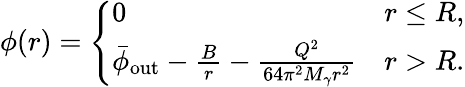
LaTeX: \phi(r)=\left\{ \begin{array}{ll}{0}&{r\leq R,}\\ {\bar{\phi}_{\mathrm{out}}-\frac{B}{r}-\frac{Q^{2}}{64\pi^{2}M_{\gamma}r^{2}}}&{r>R.}\end{array}\right.